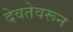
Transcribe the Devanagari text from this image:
देवतेवरून